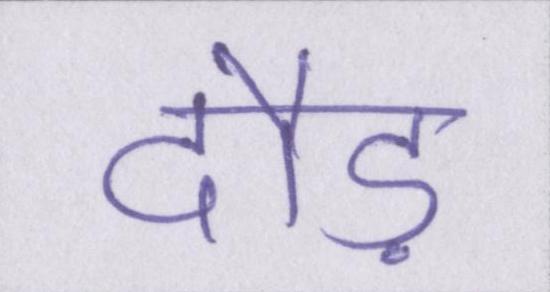
दौड़